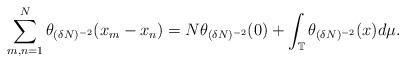
LaTeX: \begin{align*}\sum_{m,n=1}^{N}{\theta_{(\delta N)^{-2}}(x_m - x_n)} &= N\theta_{(\delta N)^{-2}}(0) + \int_{\mathbb{T}}^{}{\theta_{(\delta N)^{-2}}(x) d\mu }.\end{align*}